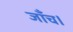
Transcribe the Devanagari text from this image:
जाँच।